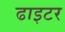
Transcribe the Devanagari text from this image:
ढाइटर